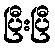
ပြီးပြီ